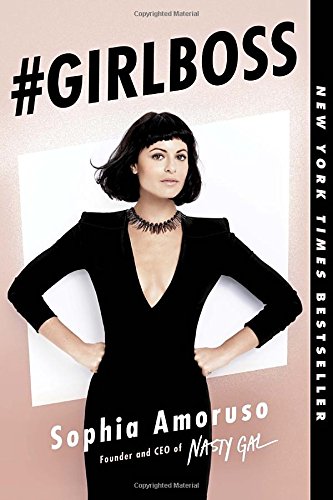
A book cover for #GIRLBOSS; Sophia Amoruso; Business & Money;